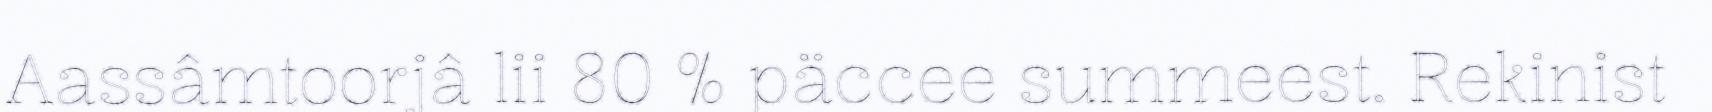
Aassâmtoorjâ lii 80 % päccee summeest. Rekinist